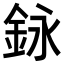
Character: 𨥭